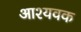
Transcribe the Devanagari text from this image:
आश्यवक